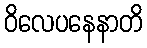
ဝိလေပနေနာတိ